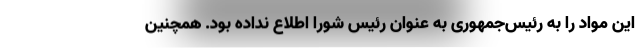
این مواد را به رئیس‌جمهوری به عنوان رئیس شورا اطلاع نداده بود. همچنین